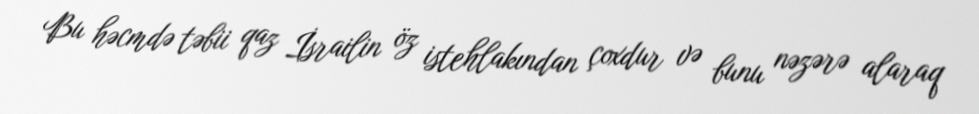
Bu həcmdə təbii qaz İsrailin öz istehlakından çoxdur və bunu nəzərə alaraq